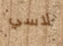
لاسي